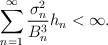
LaTeX: \begin{align*} \sum_{n=1}^\infty\frac{\sigma_n^2}{B_n^3}h_n<\infty.\end{align*}